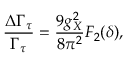
{ \frac { \Delta \Gamma _ { \tau } } { \Gamma _ { \tau } } } = { \frac { 9 g _ { X } ^ { 2 } } { 8 \pi ^ { 2 } } } F _ { 2 } ( \delta ) ,